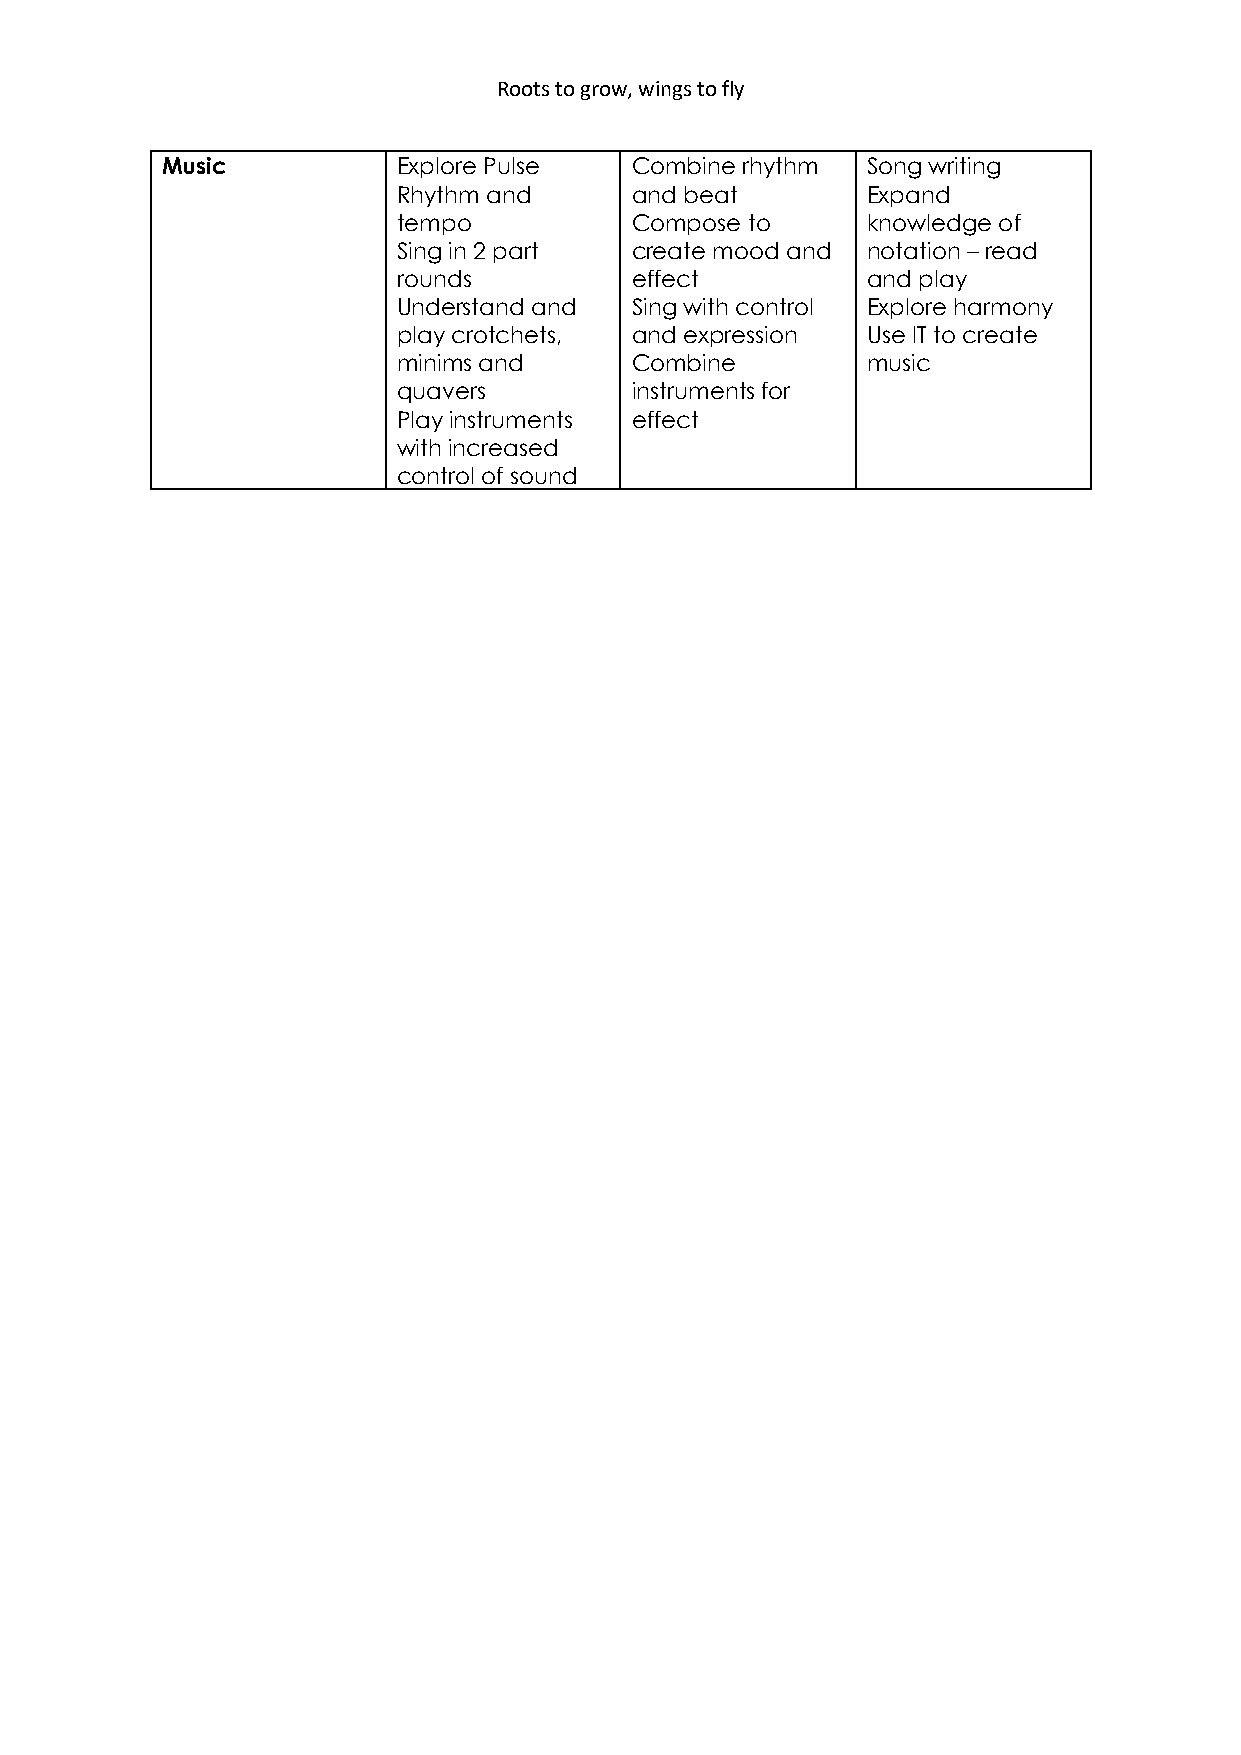
Roots to grow, wings to fly
 Music          Explore Pulse   Combine rhythm Song writing
 Rhythm and      and beat       Expand
 tempo           Compose to     knowledge of
 Sing in 2 part  create mood and notation – read
 rounds          effect         and play
 Understand and  Sing with control Explore harmony
 play crotchets, and expression Use IT to create
 minims and      Combine        music
 quavers         instruments for
 Play instruments effect
 with increased
 control of sound